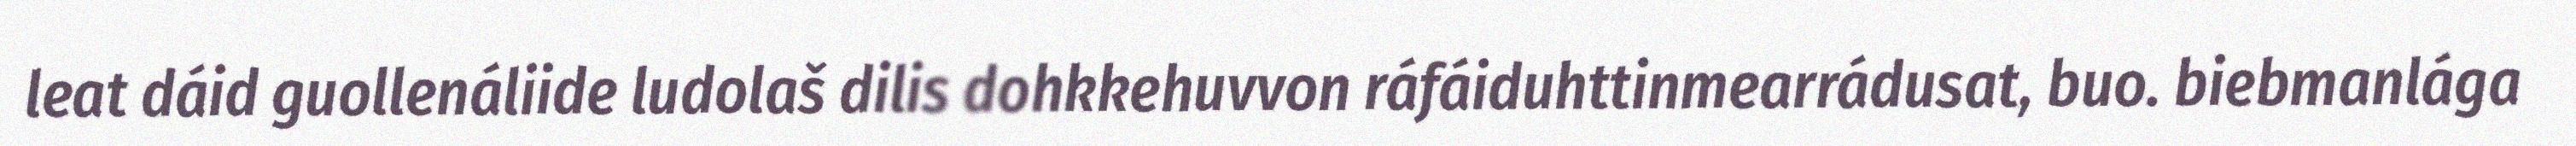
leat dáid guollenáliide ludolaš dilis dohkkehuvvon ráfáiduhttinmearrádusat, buo. biebmanlága